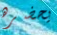
يحضره